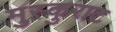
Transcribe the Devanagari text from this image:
मुस्कुराट